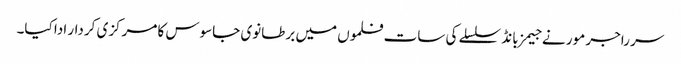
سر راجر مور نے جیمز بانڈ سلسلے کی سات فلموں میں برطانوی جاسوس کا مرکزی کردار ادا کیا۔